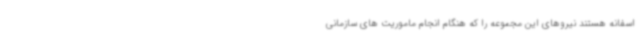
اسفانه هستند نیروهای این مجموعه را که هنگام انجام ماموریت های سازمانی